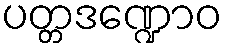
ပတ္တဒဏ္ဍောဝ